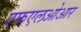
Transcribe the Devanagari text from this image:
एफएलओआर